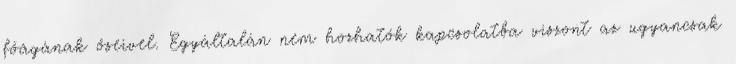
főágának őseivel. Egyáltalán nem hozhatók kapcsolatba viszont az ugyancsak